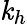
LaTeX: \mathit{k}_{h}